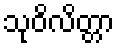
သုဝိလိတ္တာ